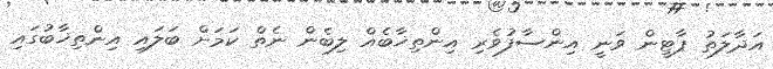
އަދާލަތު ޕާޓީން ވަނީ އިންސާފުވެރި އިންތިޚާބެއް ލިބެން ނެތް ކަމަށް ބަލައި އިންތިޚާބުގައި